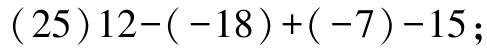
\((25)12-(-18)+(-7)-15\);